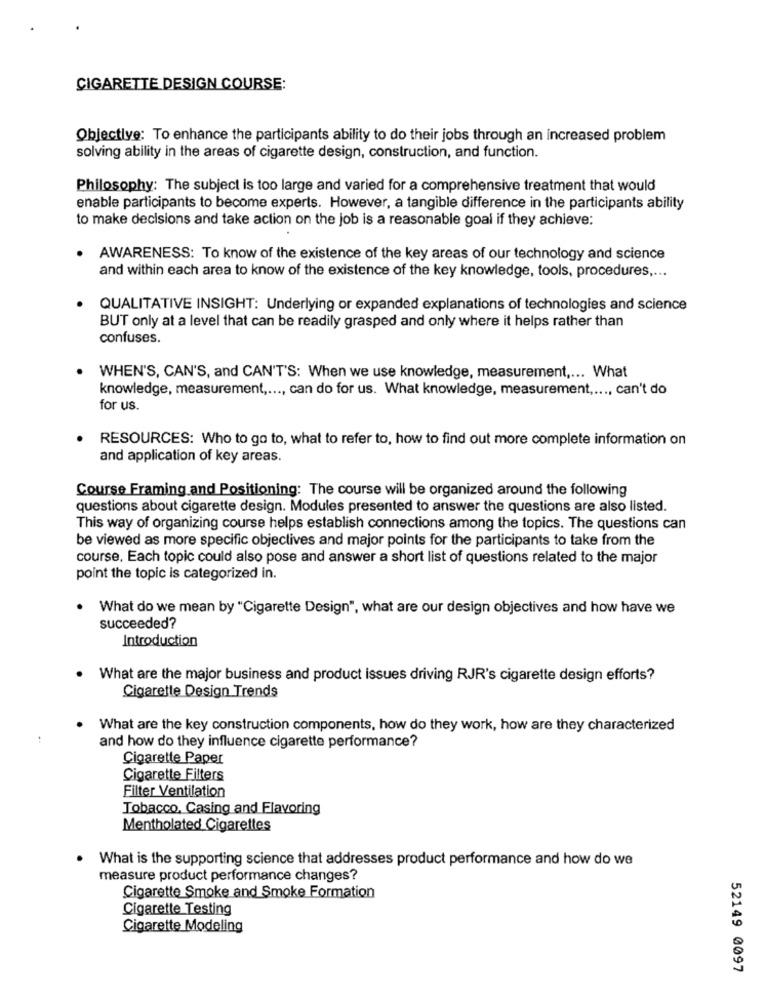
CIGARETTE DESIGN COURSE:
Objective: To enhance the participants ability to do their jobs through an increased problem
solving ability in the areas of cigarette design, construction, and function.
Philosophy: The subject is too large and varied for a comprehensive treatment that would
enable participants to become experts. However, a tangible difference in the participants ability
to make decisions and take action on the job is a reasonable goal if they achieve:
AWARENESS: To know of the existence of the key areas of our technology and science
and within each area to know of the existence of the key knowledge, tools, procedures ....
QUALITATIVE INSIGHT: Underlying or expanded explanations of technologies and science
BUT only at a level that can be readily grasped and only where it helps rather than
confuses.
WHEN'S, CAN'S, and CAN'T'S: When we use knowledge, measurement ,... What
knowledge, measurement ,..., can do for us. What knowledge, measurement ...., can't do
for us.
RESOURCES: Who to go to, what to refer to, how to find out more complete information on
and application of key areas.
Course Framing and Positioning: The course will be organized around the following
questions about cigarette design. Modules presented to answer the questions are also listed.
This way of organizing course helps establish connections among the topics. The questions can
be viewed as more specific objectives and major points for the participants to take from the
course, Each topic could also pose and answer a short list of questions related to the major
point the topic is categorized in.
What do we mean by "Cigarette Design", what are our design objectives and how have we
succeeded?
Introduction
. What are the major business and product issues driving RJR's cigarette design efforts?
Cigarette Design Trends
.
What are the key construction components, how do they work, how are they characterized
and how do they influence cigarette performance?
Cigarette Paper
Cigarette Filters
Filter Ventilation
Tobacco, Casing and Flavoring
Mentholated Cigarettes
What is the supporting science that addresses product performance and how do we
measure product performance changes?
Cigarette Smoke and Smoke Formation
Cigarette Testing
Cigarette Modeling
52149 0097